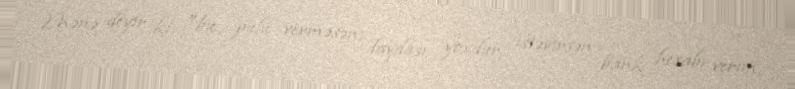
Mənə deyir ki, "bu pulu verməsən, faydası yoxdur, istəyirsən bank hesabı verim,